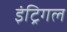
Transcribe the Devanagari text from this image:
इंट्रिगल